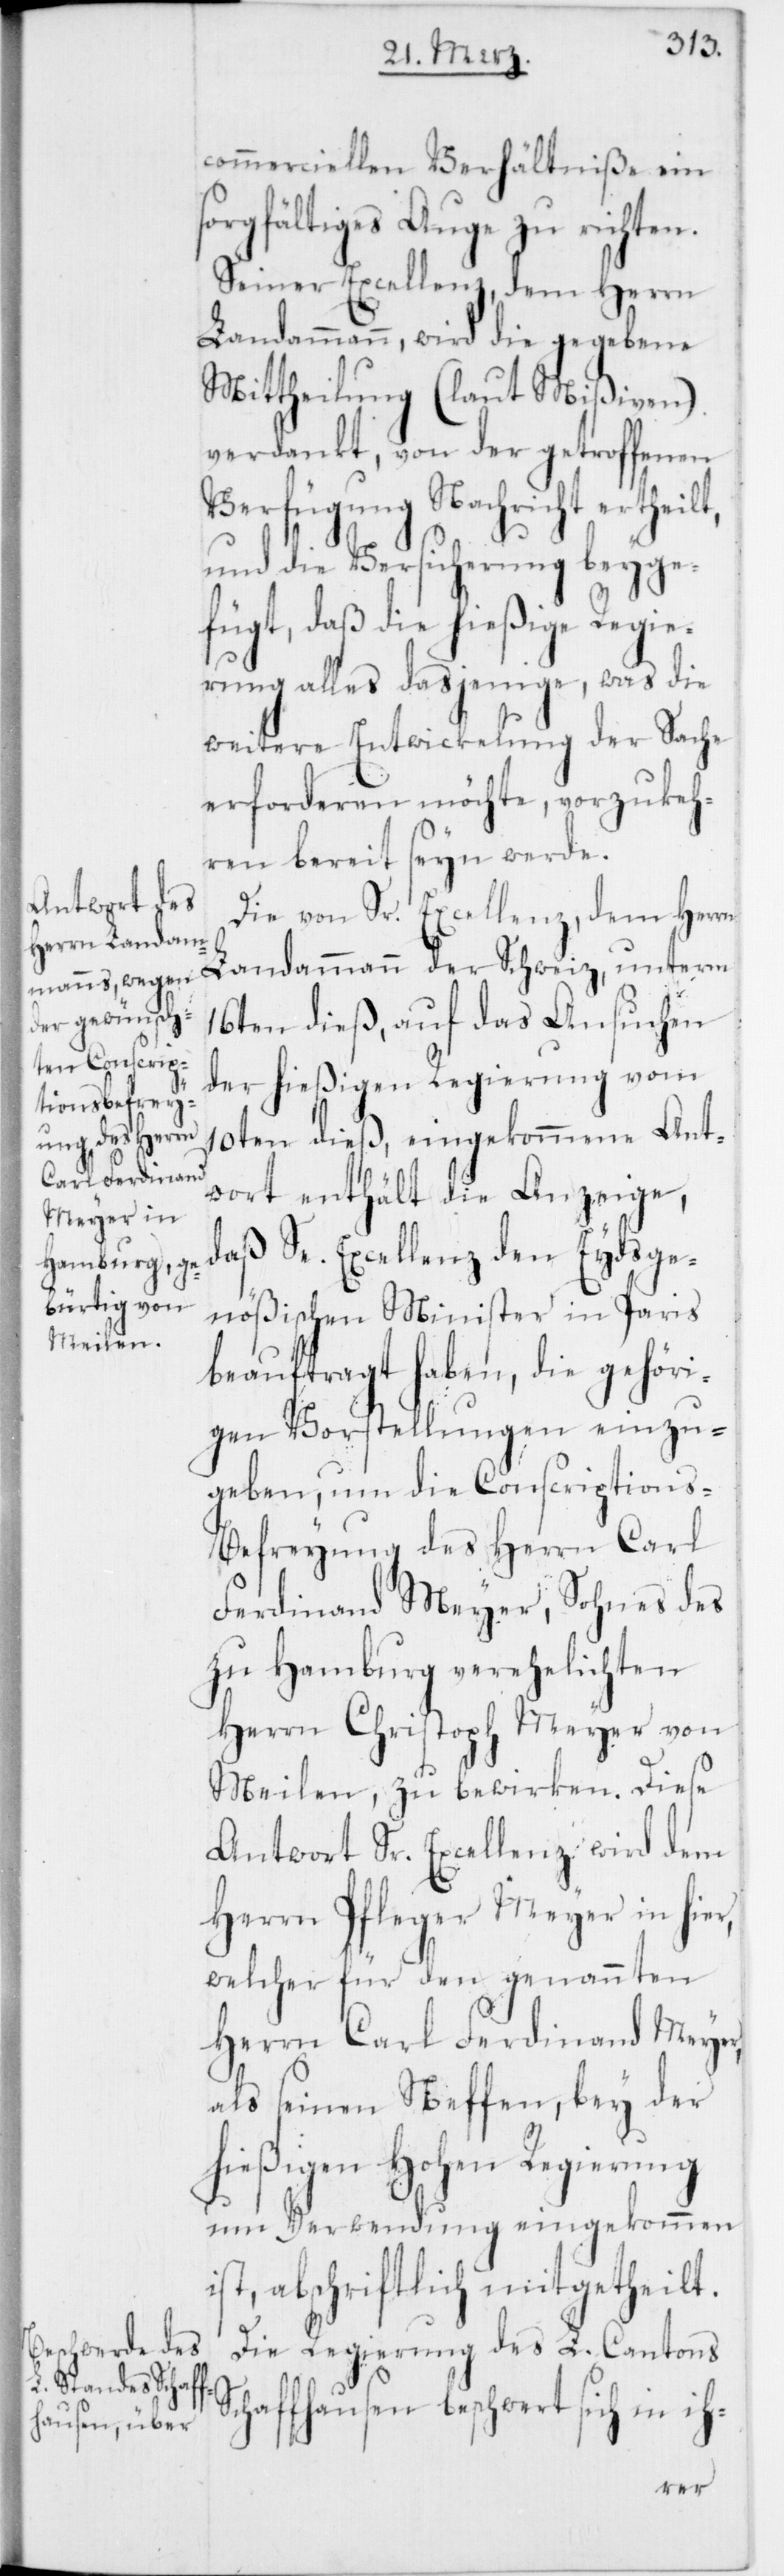
commerciellen Verhältniße ein
sorgfältiges Auge zu richten.
Seiner Excellenz, dem Herrn
Landammann, wird die gegebene
Mittheilung (laut Mißiven)
verdankt, von der getroffenen
Verfügung Nachricht ertheilt,
und die Versicherung beyge¬
fügt, daß die hießige Regie¬
rung alles dasjenige, was die
weitere Entwicklung der Sache
erforderen möchte, vorzukeh¬
ren bereit seyn werde.
Die von Sr. Excellenz, dem Herrn
16ten dieß, auf das Ansuchen
der hießigen Regierung vom
10ten dieß, eingekommene Ant¬
wort enthält die Anzeige,
daß Se. Excellenz, den Eydsge¬
nößischen Minister in Paris
beauftragt haben, die gehöri¬
gen Vorstellungen einzu¬
geben, um die Conscriptions-B¬
efreyung des Herrn Carl
Ferdinand Meyer, Sohnes des
zu Hamburg verehelichten
Herrn Christoph Meyer von
Meilen, zu bewirken. Diese
Antwort Sr. Excellenz wird dem
Herrn Pfleger Meyer in hi¬
welcher für den genannten
Herrn Carl Ferdinand Meyer,
als seinen Neffen, bey der
hießigen Hohen Regierung
um Verwendung eingekommen
ist, abschriftlich mitgetheilt.
Die Regierung des L. Cantons
Schaffhausen beschwert sich in ih-
er,